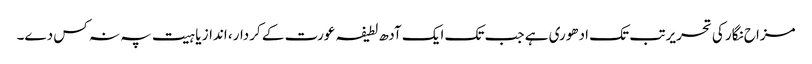
مزاح نگار کی تحریر تب تک ادھوری ہے جب تک ایک آدھ لطیفہ عورت کے کردار، انداز یا ہیت پہ نہ کس دے۔